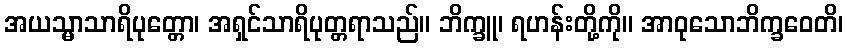
အယသ္မာသာရိပုတ္တော၊ အရှင်သာရိပုတ္တရာသည်။ ဘိက္ခူ၊ ရဟန်းတို့ကို။ အာဝုသောဘိက္ခဝေတိ၊